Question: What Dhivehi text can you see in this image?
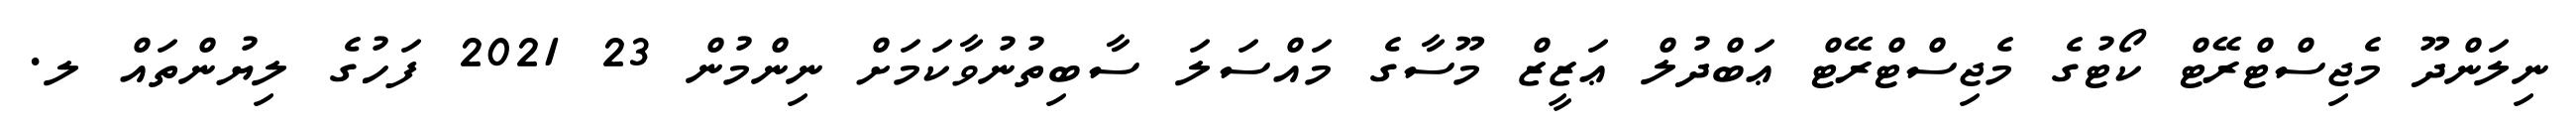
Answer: ނިލަންދޫ މެޖިސްޓްރޭޓް ކޯޓުގެ މެޖިސްޓްރޭޓް ޢަބްދުލް ޢަޒީޒް މޫސާގެ މައްސަލަ ސާބިތުނުވާކަމަށް ނިންމުން 23 2021 ފަހުގެ ލިޔުންތައް ލ.